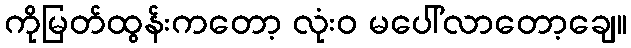
ကိုမြတ်ထွန်းကတော့ လုံးဝ မပေါ်လာတော့ချေ။